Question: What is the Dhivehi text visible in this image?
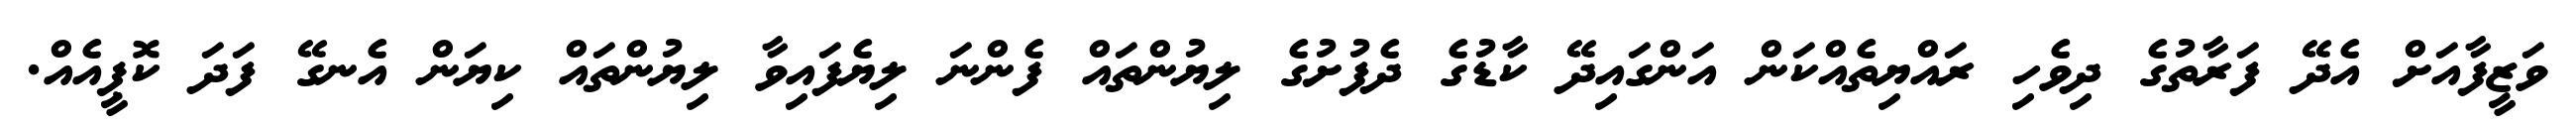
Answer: ވަޒީފާއަށް އެދޭ ފަރާތުގެ ދިވެހި ރައްޔިތެއްކަން އަންގައިދޭ ކާޑުގެ ދެފުށުގެ ލިޔުންތައް ފެންނަ ލިޔެފައިވާ ލިޔުންތައް ކިޔަން އެނގޭ ފަދަ ކޮޕީއެއް.